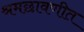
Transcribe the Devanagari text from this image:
श्रमछावणीत